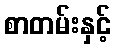
စာတမ်းနှင့်